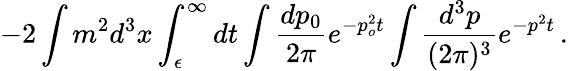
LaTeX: -2\int m^{2}d^{3}x\int_{\epsilon}^{\infty}dt\int\frac{dp_{0}}{2\pi}e^{-p_{o}^{2}t}\int\frac{d^{3}p}{(2\pi)^{3}}e^{-p^{2}t}\, .